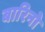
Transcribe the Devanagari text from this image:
बारिनो